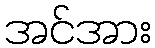
အင်အား